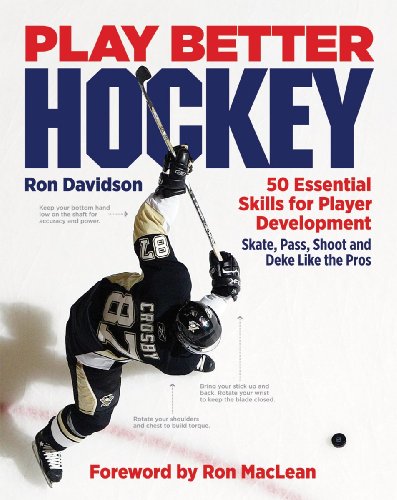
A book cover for Play Better Hockey: 50 Essential Skills for Player Development; Ron Davidson; Sports & Outdoors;